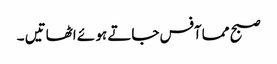
صبح مما آفس جاتے ہو ئے اٹھاتیں ۔